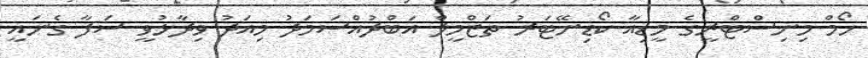
ހޯމް މިނިސްޓްރީގެ މީޑިއާ ކޯޑިނޭޓަރު ތަޒްމީލް އަބްދުއްސަމަދު މިއަދު ވިދާޅުވީ ސަފާ ގެނައީ